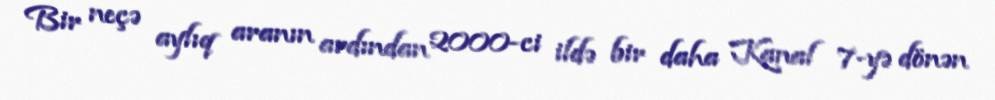
Bir neçə aylıq aranın ardından 2000-ci ildə bir daha Kanal 7-yə dönən